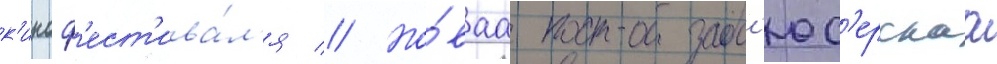
к'иноф'ест'ива́л'я // Но́ваа прод'юс'ерскаа